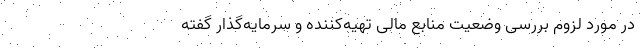
در مورد لزوم بررسی وضعیت منابع مالی تهیه‌کننده و سرمایه‌گذار گفته